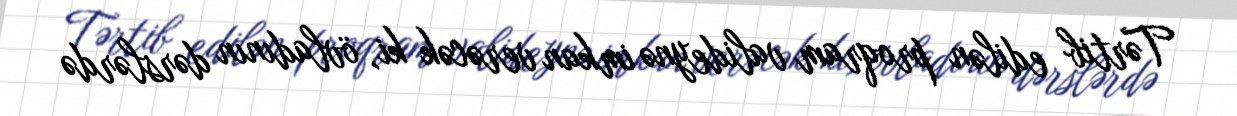
Tərtib edilən proqram valideynə imkan verəcək ki, övladının dərslərdə